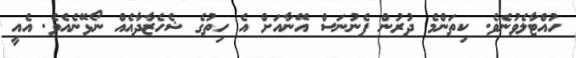
ހުއްޓާލެވުނެވެ. ކިތަންމެ ދުރުން ފެނުނަސް އޭނާއަށް އެ ހިތުގެ ޝެހެޒާދާއެއް ނޯޅޭނެއެވެ. އެއީ